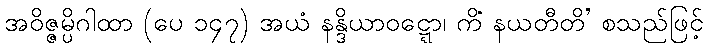
အဝိဇ္ဇမ္ပိဂါထာ (ပေ ၁၄၇) အယံ နန္ဒိယာဝဋ္ဋော၊ ကိံ နယတီတိ’ စသည်ဖြင့်